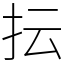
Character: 抎